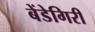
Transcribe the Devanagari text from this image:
बेंडेगिरी